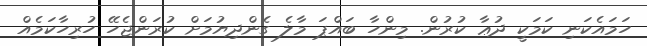
ހަމައެކަނި ކަމަކީ ދުޢާ ކުރުން. މިންހާ ބައްޕަ މާލެ ގެންދިޔުމަށް ކުރަންޖެހޭ ހުރިހާކަމެއް